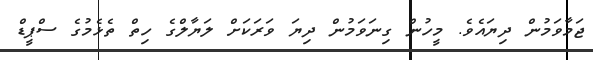
ޖަމާވަމުން ދިޔައެވެ. މީހުން ގިނަވަމުން ދިޔަ ވަރަކަށް ލަޔާލްގެ ހިތް ތެޅެމުގެ ސްޕީޑް